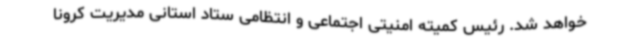
خواهد شد. رئیس کمیته امنیتی اجتماعی و انتظامی ستاد استانی مدیریت کرونا